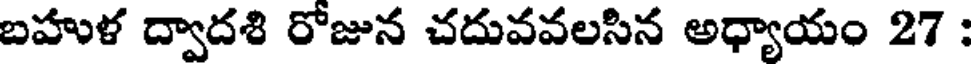
బహుళ ద్వాదశి రోజున చదువవలసిన అధ్యాయం 27 :